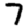
Digit: 7